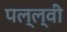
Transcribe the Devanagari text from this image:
पल्ल्वी